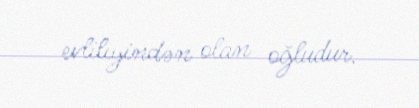
evliliyindən olan oğludur.